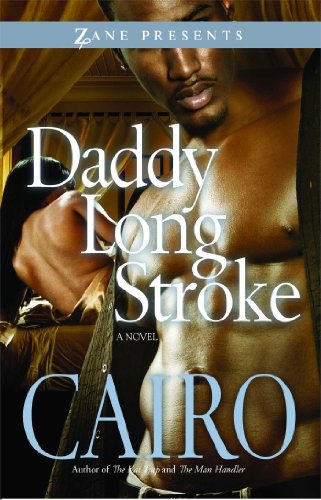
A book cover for Daddy Long Stroke (Zane Presents); Cairo; Romance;